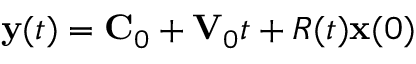
{ \bf y } ( t ) = { \bf C } _ { 0 } + { \bf V } _ { 0 } t + R ( t ) { \bf x } ( 0 )